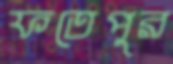
ফতেপুর